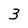
Character: 3